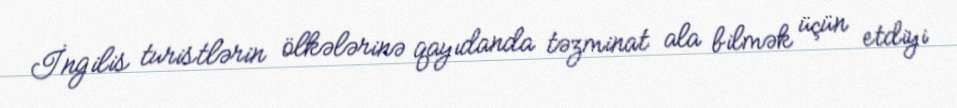
İngilis turistlərin ölkələrinə qayıdanda təzminat ala bilmək üçün etdiyi